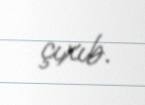
çıxıb.